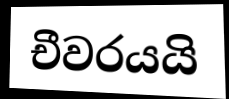
චීවරයයි